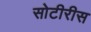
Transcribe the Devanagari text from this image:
सोटीरीस